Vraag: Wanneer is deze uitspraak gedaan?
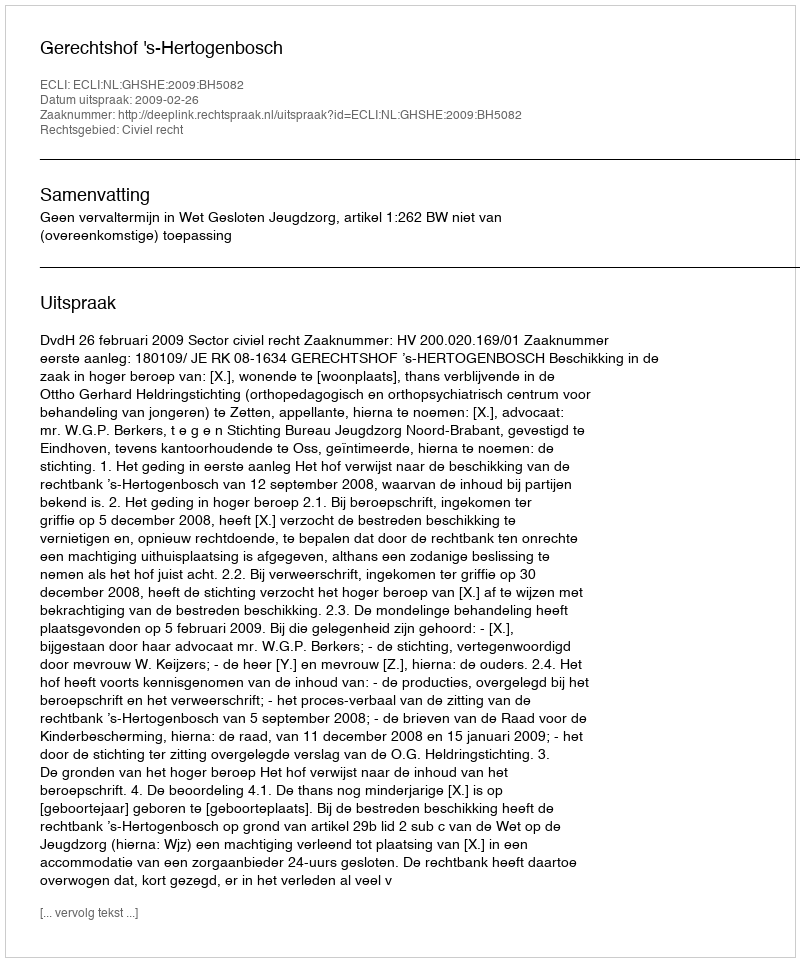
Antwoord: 2009-02-26